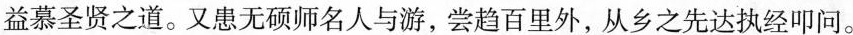
益慕圣贤之道。又患无硕师名人与游，尝趋百里外，从乡之先达执经叩问。